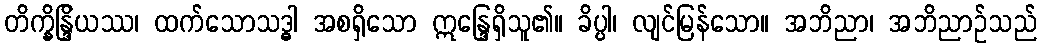
တိက္ခိန္ဒြိယဿ၊ ထက်သောသဒ္ဓါ အစရှိသော ဣန္ဒြေရှိသူ၏။ ခိပ္ပါ၊ လျင်မြန်သော။ အဘိညာ၊ အဘိညာဉ်သည်